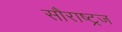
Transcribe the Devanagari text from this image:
सौराष्ट्रज